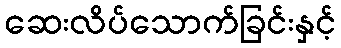
ဆေးလိပ်သောက်ခြင်းနှင့်